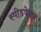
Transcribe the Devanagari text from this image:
स्पीडवेगन